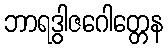
ဘာရဒွါဇဂေါတ္တေန